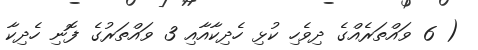
( 6 ވައްތަރެއްގެ ދިވެހި ކުޅި ހެދިކާއާއި 3 ވައްތަރުގެ ފޮނި ހެދިކާ